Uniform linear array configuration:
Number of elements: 8
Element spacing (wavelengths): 0.75
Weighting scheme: cosine
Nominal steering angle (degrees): -60
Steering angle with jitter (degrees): -61.802
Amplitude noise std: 0.05
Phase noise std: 0.05

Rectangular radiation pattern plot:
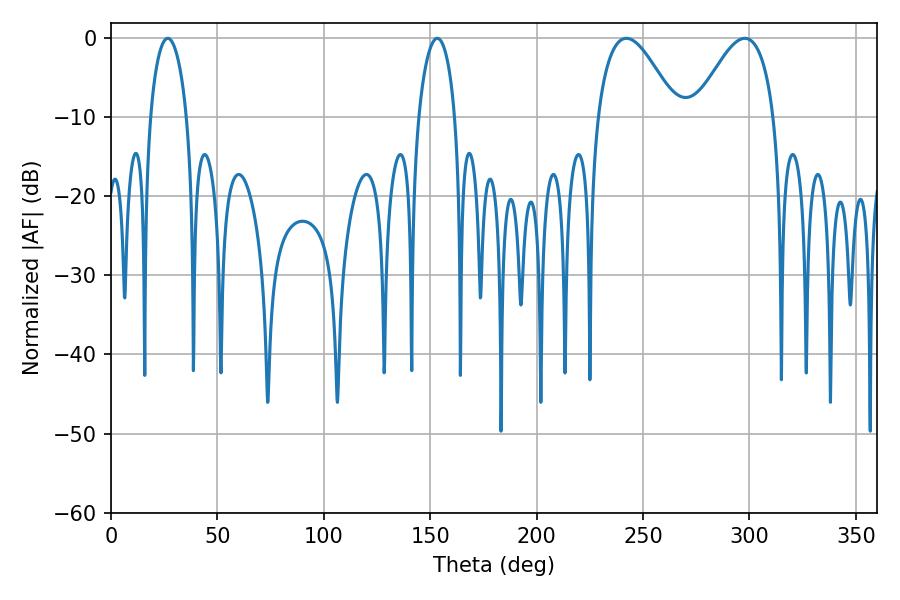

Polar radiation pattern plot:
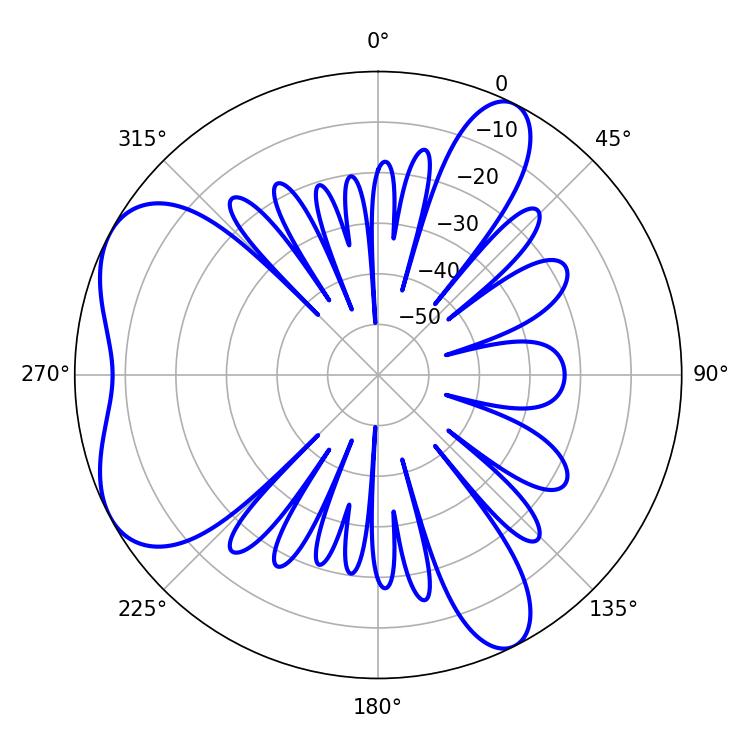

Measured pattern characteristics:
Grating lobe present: TRUE
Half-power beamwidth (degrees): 20.16
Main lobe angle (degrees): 242.1